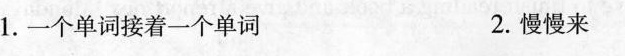
1.一个单词接着一个单词 2.慢慢来